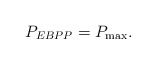
\begin{align*}P_{EBPP} = P_{\max}.\end{align*}